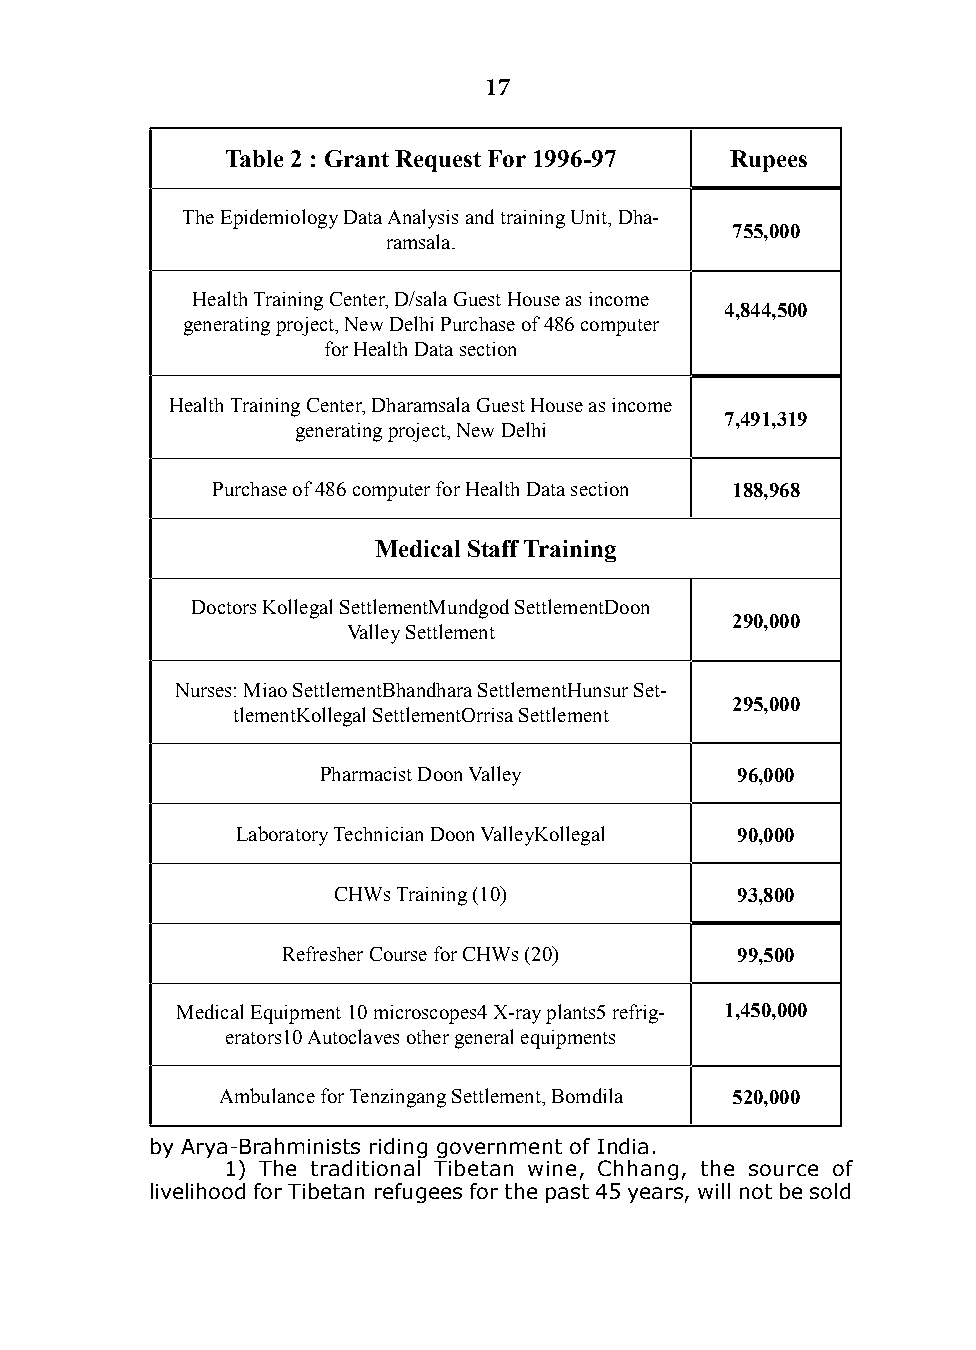
17
 Table 2 : grant Request For 1996-97 Rupees
 The Epidemiology Data Analysis and training Unit, Dha-
 755,000
 ramsala.
 Health Training Center, D/sala Guest House as income
 4,844,500
 generating project, New Delhi Purchase of 486 computer
 for Health Data section
 Health Training Center, Dharamsala Guest House as income
 7,491,319
 generating project, New Delhi
 Purchase of 486 computer for Health Data section 188,968
 medical staff Training
 Doctors Kollegal SettlementMundgod SettlementDoon
 290,000
 Valley Settlement
 Nurses: Miao SettlementBhandhara SettlementHunsur Set-
 295,000
 tlementKollegal SettlementOrrisa Settlement
 Pharmacist Doon Valley      96,000
 Laboratory Technician Doon ValleyKollegal 90,000
 CHWs Training (10)         93,800
 Refresher Course for CHWs (20) 99,500
 Medical Equipment 10 microscopes4 X-ray plants5 refrig- 1,450,000
 erators10 Autoclaves other general equipments
 Ambulance for Tenzingang Settlement, Bomdila 520,000
 by Arya-Brahminists riding government of india.
 1) The traditional Tibetan wine, Chhang, the source of
 livelihood for Tibetan refugees for the past 45 years, will not be sold